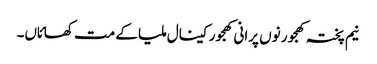
نیم پختہ کھجور نو‏‏ں پرانی کھجور کینال ملیا ک‏ے مت کھائاں۔